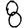
Digit: 8